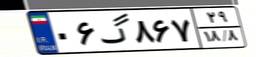
۰۲گ۱۰۴۵۱